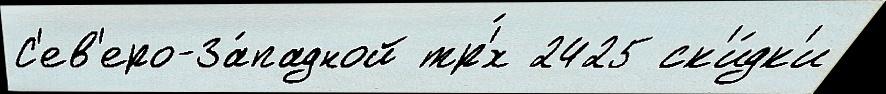
С'ев'еро-За́падной тр'́х 2425 ск'и́дк'и